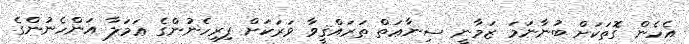
އެހެން ގޮތަކަށް ބުނާނަމަ ޒަމާނީ ސިނާޢަތް ތަރައްޤީވާ ވަރަކަށް ފިރިހެނުންގެ ޢަމަލާ އަންހެނުންގެ